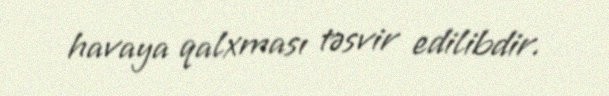
havaya qalxması təsvir edilibdir.